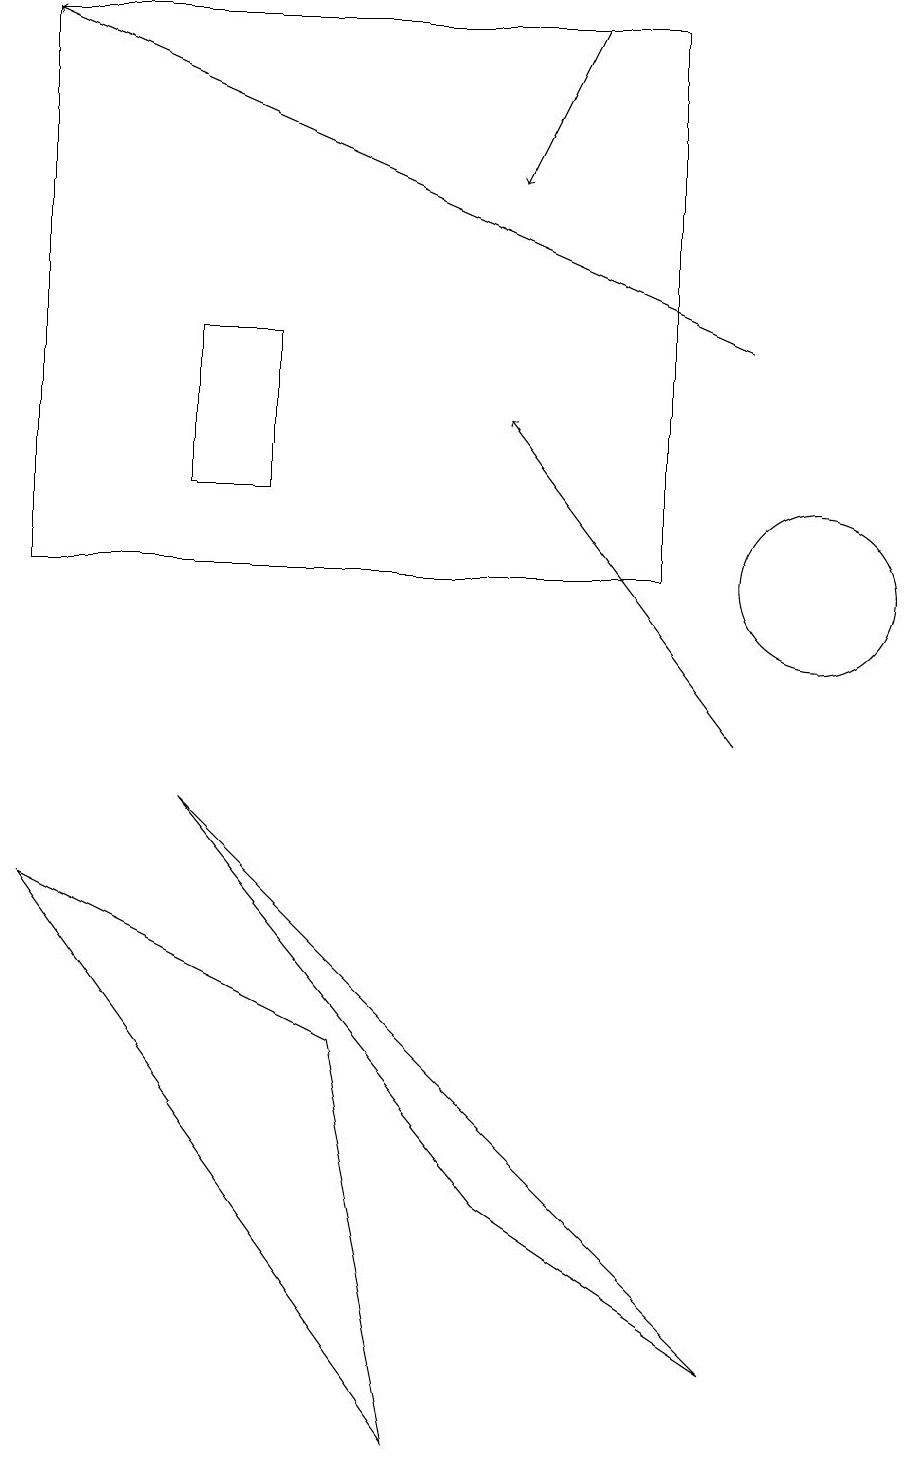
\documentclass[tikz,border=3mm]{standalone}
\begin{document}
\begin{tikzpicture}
\draw[->] (9,10) -- (6,14);
\draw (10,12) circle (1);
\draw[->] (9,15) -- (0,19);
\draw (2,15) rectangle (3,13);
\draw (4,6) -- (0,8) -- (5,1) -- cycle;
\draw[->] (7,19) -- (6,17);
\draw (6,4) -- (2,9) -- (9,2) -- cycle;
\draw (8,19) rectangle (0,12);
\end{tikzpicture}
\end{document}